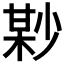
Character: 𡮘